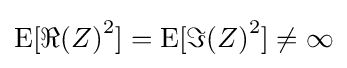
\operatorname {E} [\Re {(Z)}^{2}]=\operatorname {E} [\Im {(Z)}^{2}]\neq \infty